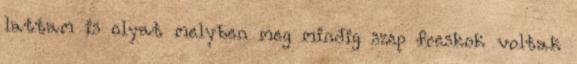
lattam is olyat melyben meg mindig szep freskok voltak